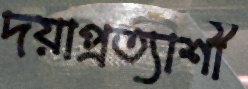
দয়াপ্রত্যাশী